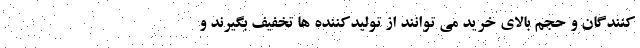
کنندگان و حجم بالای خرید می توانند از تولیدکننده ها تخفیف بگیرند و